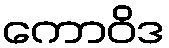
ကောဝိဒ